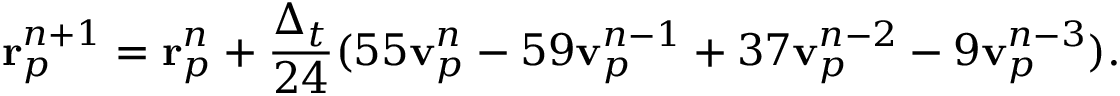
\mathbf { r } _ { p } ^ { n + 1 } = \mathbf { r } _ { p } ^ { n } + \frac { \Delta _ { t } } { 2 4 } ( 5 5 \mathbf { v } _ { p } ^ { n } - 5 9 \mathbf { v } _ { p } ^ { n - 1 } + 3 7 \mathbf { v } _ { p } ^ { n - 2 } - 9 \mathbf { v } _ { p } ^ { n - 3 } ) .